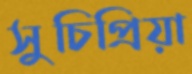
সুচিপ্রিয়া